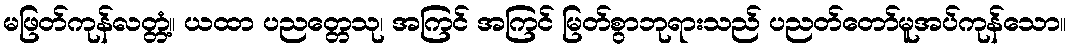
မဖြတ်ကုန်လတ္တံ့။ ယထာ ပညတ္တေသု၊ အကြင် အကြင် မြတ်စွာဘုရားသည် ပညတ်တော်မူအပ်ကုန်သော။